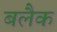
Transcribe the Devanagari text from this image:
बलैक